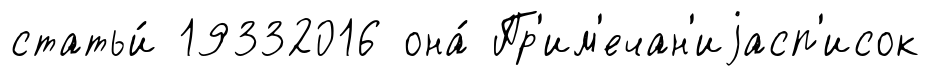
статьи́ 19332016 она́ Пр'им'ечан'иjасп'исок